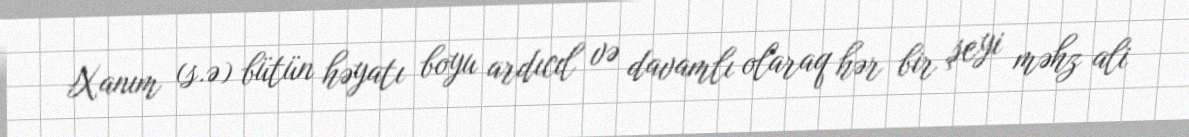
Xanım (s.ə) bütün həyatı boyu ardıcıl və davamlı olaraq hər bir şeyi məhz ali